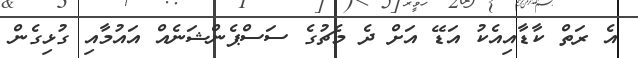
އެ ރަތް ކާޑާއިއެކު އަޑޭ އަށް ދެ މެޗުގެ ސަސްޕެންޝަނެއް އައުމާއި ގުޅިގެން